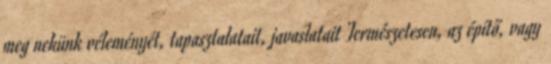
meg nekünk véleményét, tapasztalatait, javaslatait Természetesen, az építő, vagy